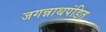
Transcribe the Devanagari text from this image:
जगन्नाथपंडित